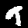
Digit: 9